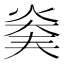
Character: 𤊖